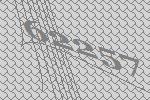
62257